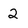
Character: 2